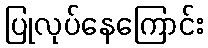
ပြုလုပ်နေကြောင်း